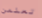
تعلمن